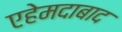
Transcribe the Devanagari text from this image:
एहेमदाबाद